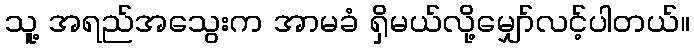
သူ့ အရည်အသွေးက အာမခံ ရှိမယ်လို့မျှော်လင့်ပါတယ်။